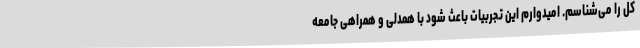
کل را می‌شناسم. امیدوارم این تجربیات باعث شود با همدلی و همراهی جامعه